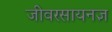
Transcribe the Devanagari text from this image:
जीवरसायनज्ञ